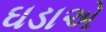
ઘડાએ